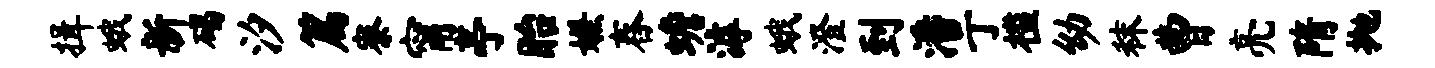
揖蛾新碣汐篇寮甯亭眙嫌舂蟾滹蛾澄到潘亍槛幼秣曹亮隋抛